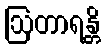
ဩတာရန္တိ